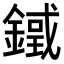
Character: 𨫓